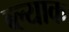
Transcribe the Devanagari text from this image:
ब्ल्याक